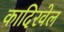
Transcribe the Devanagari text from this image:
कादिरवेल